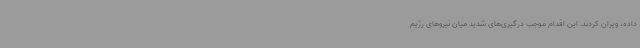
داده، ویران کردند. این اقدام موجب درگیری‌های شدید میان نیروهای رژیم